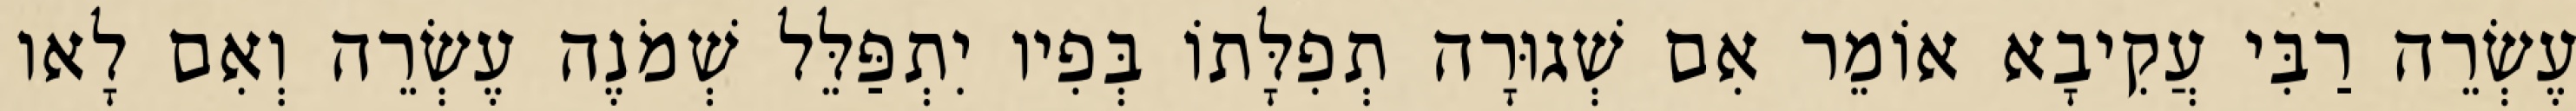
עֶשְׂרֵה רַבִּי עֲקִיבָא אוֹמֵר אִם שְׁגוּרָה תְפִלָּתוֹ בְּפִיו יִתְפַּלֵּל שְׁמֹנֶה עֶשְׂרֵה וְאִם לָאו